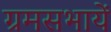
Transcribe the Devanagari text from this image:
ग्रमसभायें